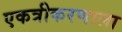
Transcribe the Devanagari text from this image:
एकत्रीकरणाला